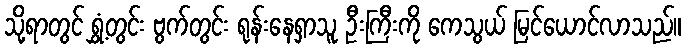
သို့ရာတွင် ရွှံ့တွင်း ဗွက်တွင်း ရုန်းနေရှာသူ ဦးကြီးကို ကေသွယ် မြင်ယောင်လာသည်။